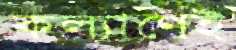
কল্যাণেই